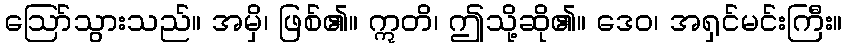
ဩော်သွားသည်။ အမှိ၊ ဖြစ်၏။ ဣတိ၊ ဤသို့ဆို၏။ ဒေဝ၊ အရှင်မင်းကြီး။